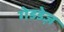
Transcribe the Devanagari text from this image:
गेडडेज़